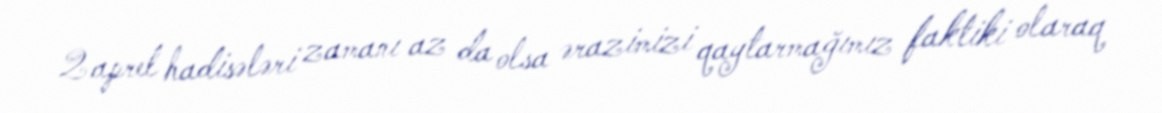
2 aprel hadisələri zamanı az da olsa ərazimizi qaytarmağımız faktiki olaraq